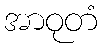
အာဝုတံ